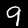
Digit: 9